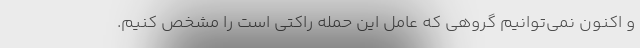
و اکنون نمی‌توانیم گروهی که عامل این حمله راکتی است را مشخص کنیم.